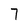
Character: 7